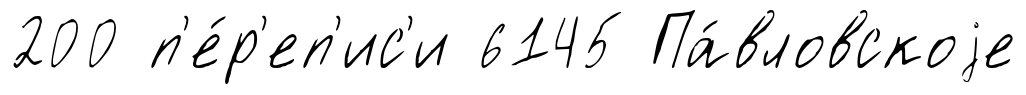
200 п'е́р'еп'ис'и 6145 Па́вловскоjе